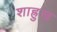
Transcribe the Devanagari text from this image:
शाह्रुख